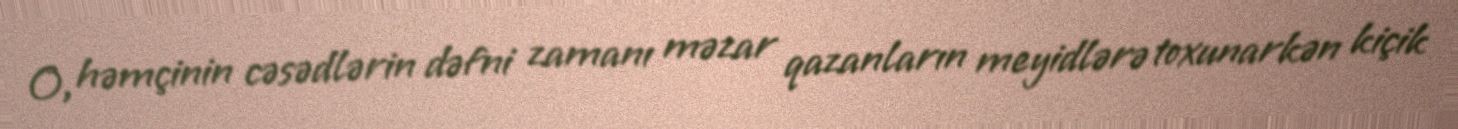
O, həmçinin cəsədlərin dəfni zamanı məzar qazanların meyidlərə toxunarkən kiçik